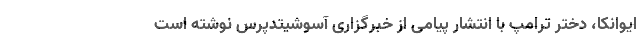
ایوانکا، دختر ترامپ با انتشار پیامی از خبرگزاری آسوشیتدپرس نوشته است